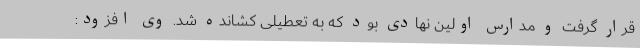
قرار گرفت و مدارس اولین نهادی بود که به تعطیلی کشانده شد. وی افزود: